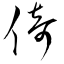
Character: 倚